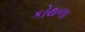
કોથળા